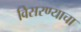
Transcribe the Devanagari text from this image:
विसरण्याचा